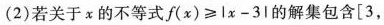
(2)若关于α的不等式$$f ( x ) ≥ l x - 3 l$$的解集包含[3，